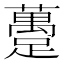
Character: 躉